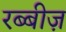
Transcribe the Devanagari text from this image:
रब्बीज़